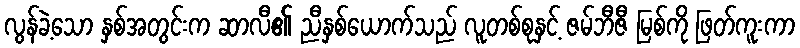
လွန်ခဲ့သော နှစ်အတွင်းက ဆာလီ၏ ညီနှစ်ယောက်သည် လူတစ်စုနှင့် ဇမ်ဘီဇီ မြစ်ကို ဖြတ်ကူးကာ